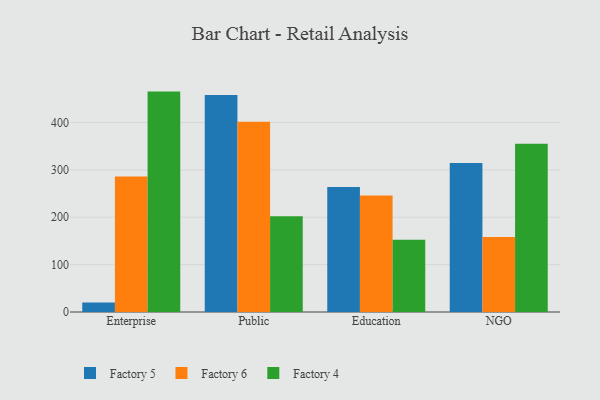
{"axis": {"x": "Segment", "y": "Churn Rate (%)"}, "legend": ["Factory 4", "Factory 5", "Factory 6"], "data": [{"x": "Enterprise", "y": 20.0, "type": "Factory 5"}, {"x": "Enterprise", "y": 286.1, "type": "Factory 6"}, {"x": "Enterprise", "y": 465.2, "type": "Factory 4"}, {"x": "Public", "y": 458.2, "type": "Factory 5"}, {"x": "Public", "y": 401.5, "type": "Factory 6"}, {"x": "Public", "y": 201.9, "type": "Factory 4"}, {"x": "Education", "y": 264.1, "type": "Factory 5"}, {"x": "Education", "y": 246.0, "type": "Factory 6"}, {"x": "Education", "y": 152.4, "type": "Factory 4"}, {"x": "NGO", "y": 314.4, "type": "Factory 5"}, {"x": "NGO", "y": 158.1, "type": "Factory 6"}, {"x": "NGO", "y": 355.1, "type": "Factory 4"}]}